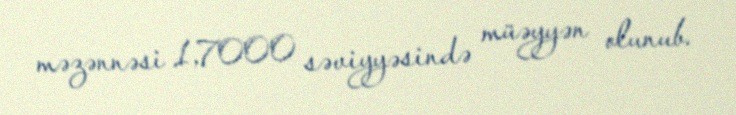
məzənnəsi 1,7000 səviyyəsində müəyyən olunub.